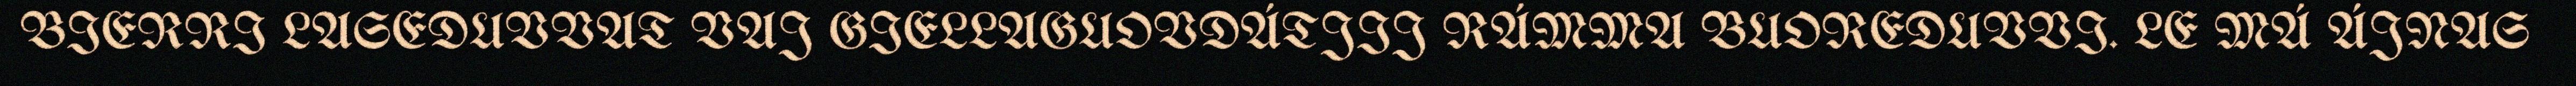
BIERRI LASEDUVVAT VAJ GIELLAGUOVDÁTJIJ RÁMMA BUOREDUVVI. LE MÁ ÁJNAS